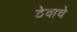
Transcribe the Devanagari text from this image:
ठेवाचे